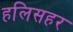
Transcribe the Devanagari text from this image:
हलिसहर